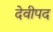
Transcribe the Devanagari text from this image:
देवीपद